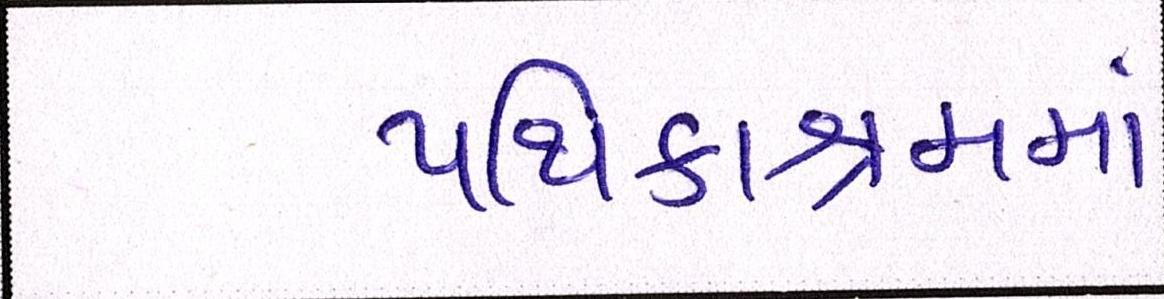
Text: પથિકાશ્રમમાં